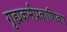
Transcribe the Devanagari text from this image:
गृह्यकर्मप्रकाशिका